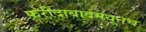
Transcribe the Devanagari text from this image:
फरीदाबादमधूनच